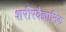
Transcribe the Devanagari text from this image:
शरीरवैज्ञानिक